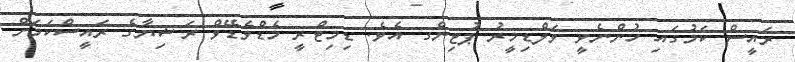
ރައީސް ކަމުގައި ހުންނެވީ ވަލްޑިމީރު ޕުޓިންގ އެވެ. ޑިމިޓްރީ މެޑްވެޑޭވް ރަޝިޔާގެ ރައީސްކަމަށް